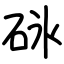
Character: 砯